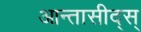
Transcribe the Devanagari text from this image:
आन्तासीद्स्